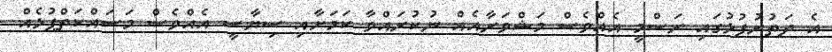
އެ ދަތުރުފުޅުގައި ރަސްމީ އެއްވެސް މަޝްވަރާއެއް ނުކުރައްވާ ކަމަށާއި ސިޔާސީ އެއްވެސް މަސައްކަތްޕުޅެއް